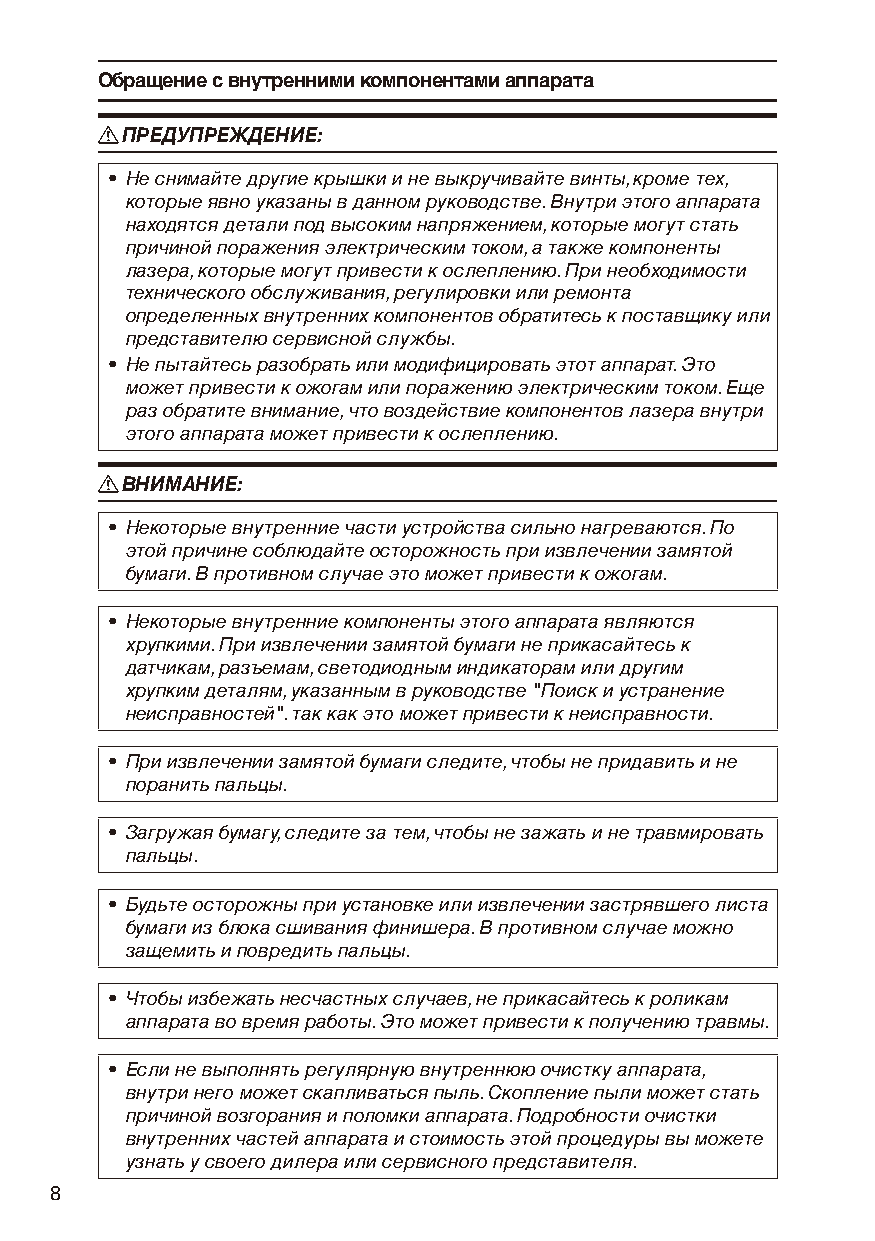
Обращение с внутренними компонентами аппарата
 RRПРЕДУПРЕЖДЕНИЕ:
 • Не снимайте другие крышки и не выкручивайте винты, кроме тех,
 которые явно указаны в данном руководстве. Внутри этого аппарата
 находятся детали под высоким напряжением, которые могут стать
 причиной поражения электрическим током, а также компоненты
 лазера, которые могут привести к ослеплению. При необходимости
 технического обслуживания, регулировки или ремонта
 определенных внутренних компонентов обратитесь к поставщику или
 представителю сервисной службы.
 • Не пытайтесь разобрать или модифицировать этот аппарат. Это
 может привести к ожогам или поражению электрическим током. Еще
 раз обратите внимание, что воздействие компонентов лазера внутри
 этого аппарата может привести к ослеплению.
 RRВНИМАНИЕ:
 • Некоторые внутренние части устройства сильно нагреваются. По
 этой причине соблюдайте осторожность при извлечении замятой
 бумаги. В противном случае это может привести к ожогам.
 • Некоторые внутренние компоненты этого аппарата являются
 хрупкими. При извлечении замятой бумаги не прикасайтесь к
 датчикам, разъемам, светодиодным индикаторам или другим
 хрупким деталям, указанным в руководстве "Поиск и устранение
 неисправностей". так как это может привести к неисправности.
 • При извлечении замятой бумаги следите, чтобы не придавить и не
 поранить пальцы.
 • Загружая бумагу, следите за тем, чтобы не зажать и не травмировать
 пальцы.
 • Будьте осторожны при установке или извлечении застрявшего листа
 бумаги из блока сшивания финишера. В противном случае можно
 защемить и повредить пальцы.
 • Чтобы избежать несчастных случаев, не прикасайтесь к роликам
 аппарата во время работы. Это может привести к получению травмы.
 • Если не выполнять регулярную внутреннюю очистку аппарата,
 внутри него может скапливаться пыль. Скопление пыли может стать
 причиной возгорания и поломки аппарата. Подробности очистки
 внутренних частей аппарата и стоимость этой процедуры вы можете
 узнать у своего дилера или сервисного представителя.
 8